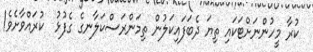
ކުރާ މީހުންނަށްޓަކައި ތިޔަ ދެބަފައިކަލުން ތިމަންރަސްކަލާނގެ ގެފުޅު  ކުރައްވާށެވެ!